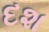
દશ